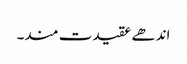
اندھے عقیدت مند۔